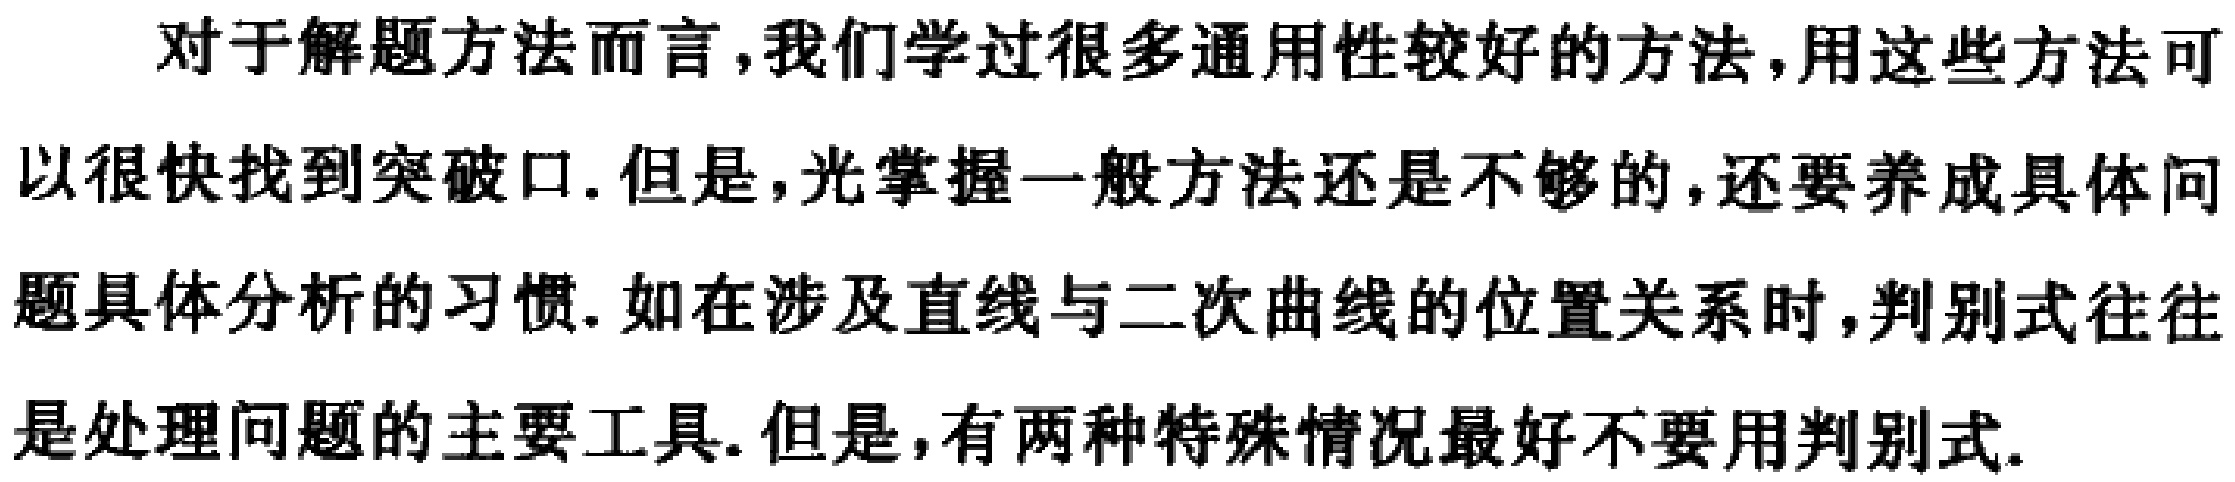
对于解题方法而言，我们学过很多通用性较好的方法，用这些方法可以很快找到突破口. 但是，光掌握一般方法还是不够的，还要养成具体问题具体分析的习惯. 如在涉及直线与二次曲线的位置关系时，判别式往往是处理问题的主要工具. 但是，有两种特殊情况最好不要用判别式.